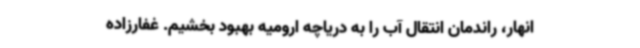
انهار، راندمان انتقال آب را به دریاچه ارومیه بهبود بخشیم. غفارزاده